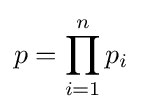
{p}=\prod _{i=1}^{n}p_{i}